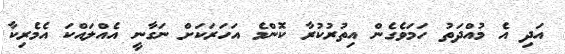
އަދި އެ މުއްދަތު ހަމަވެގެން އިތުރުކުރާ ކޮންމެ އަހަރަކަށް ނަގާނީ އެއްލައްކަ އެމެރިކާ